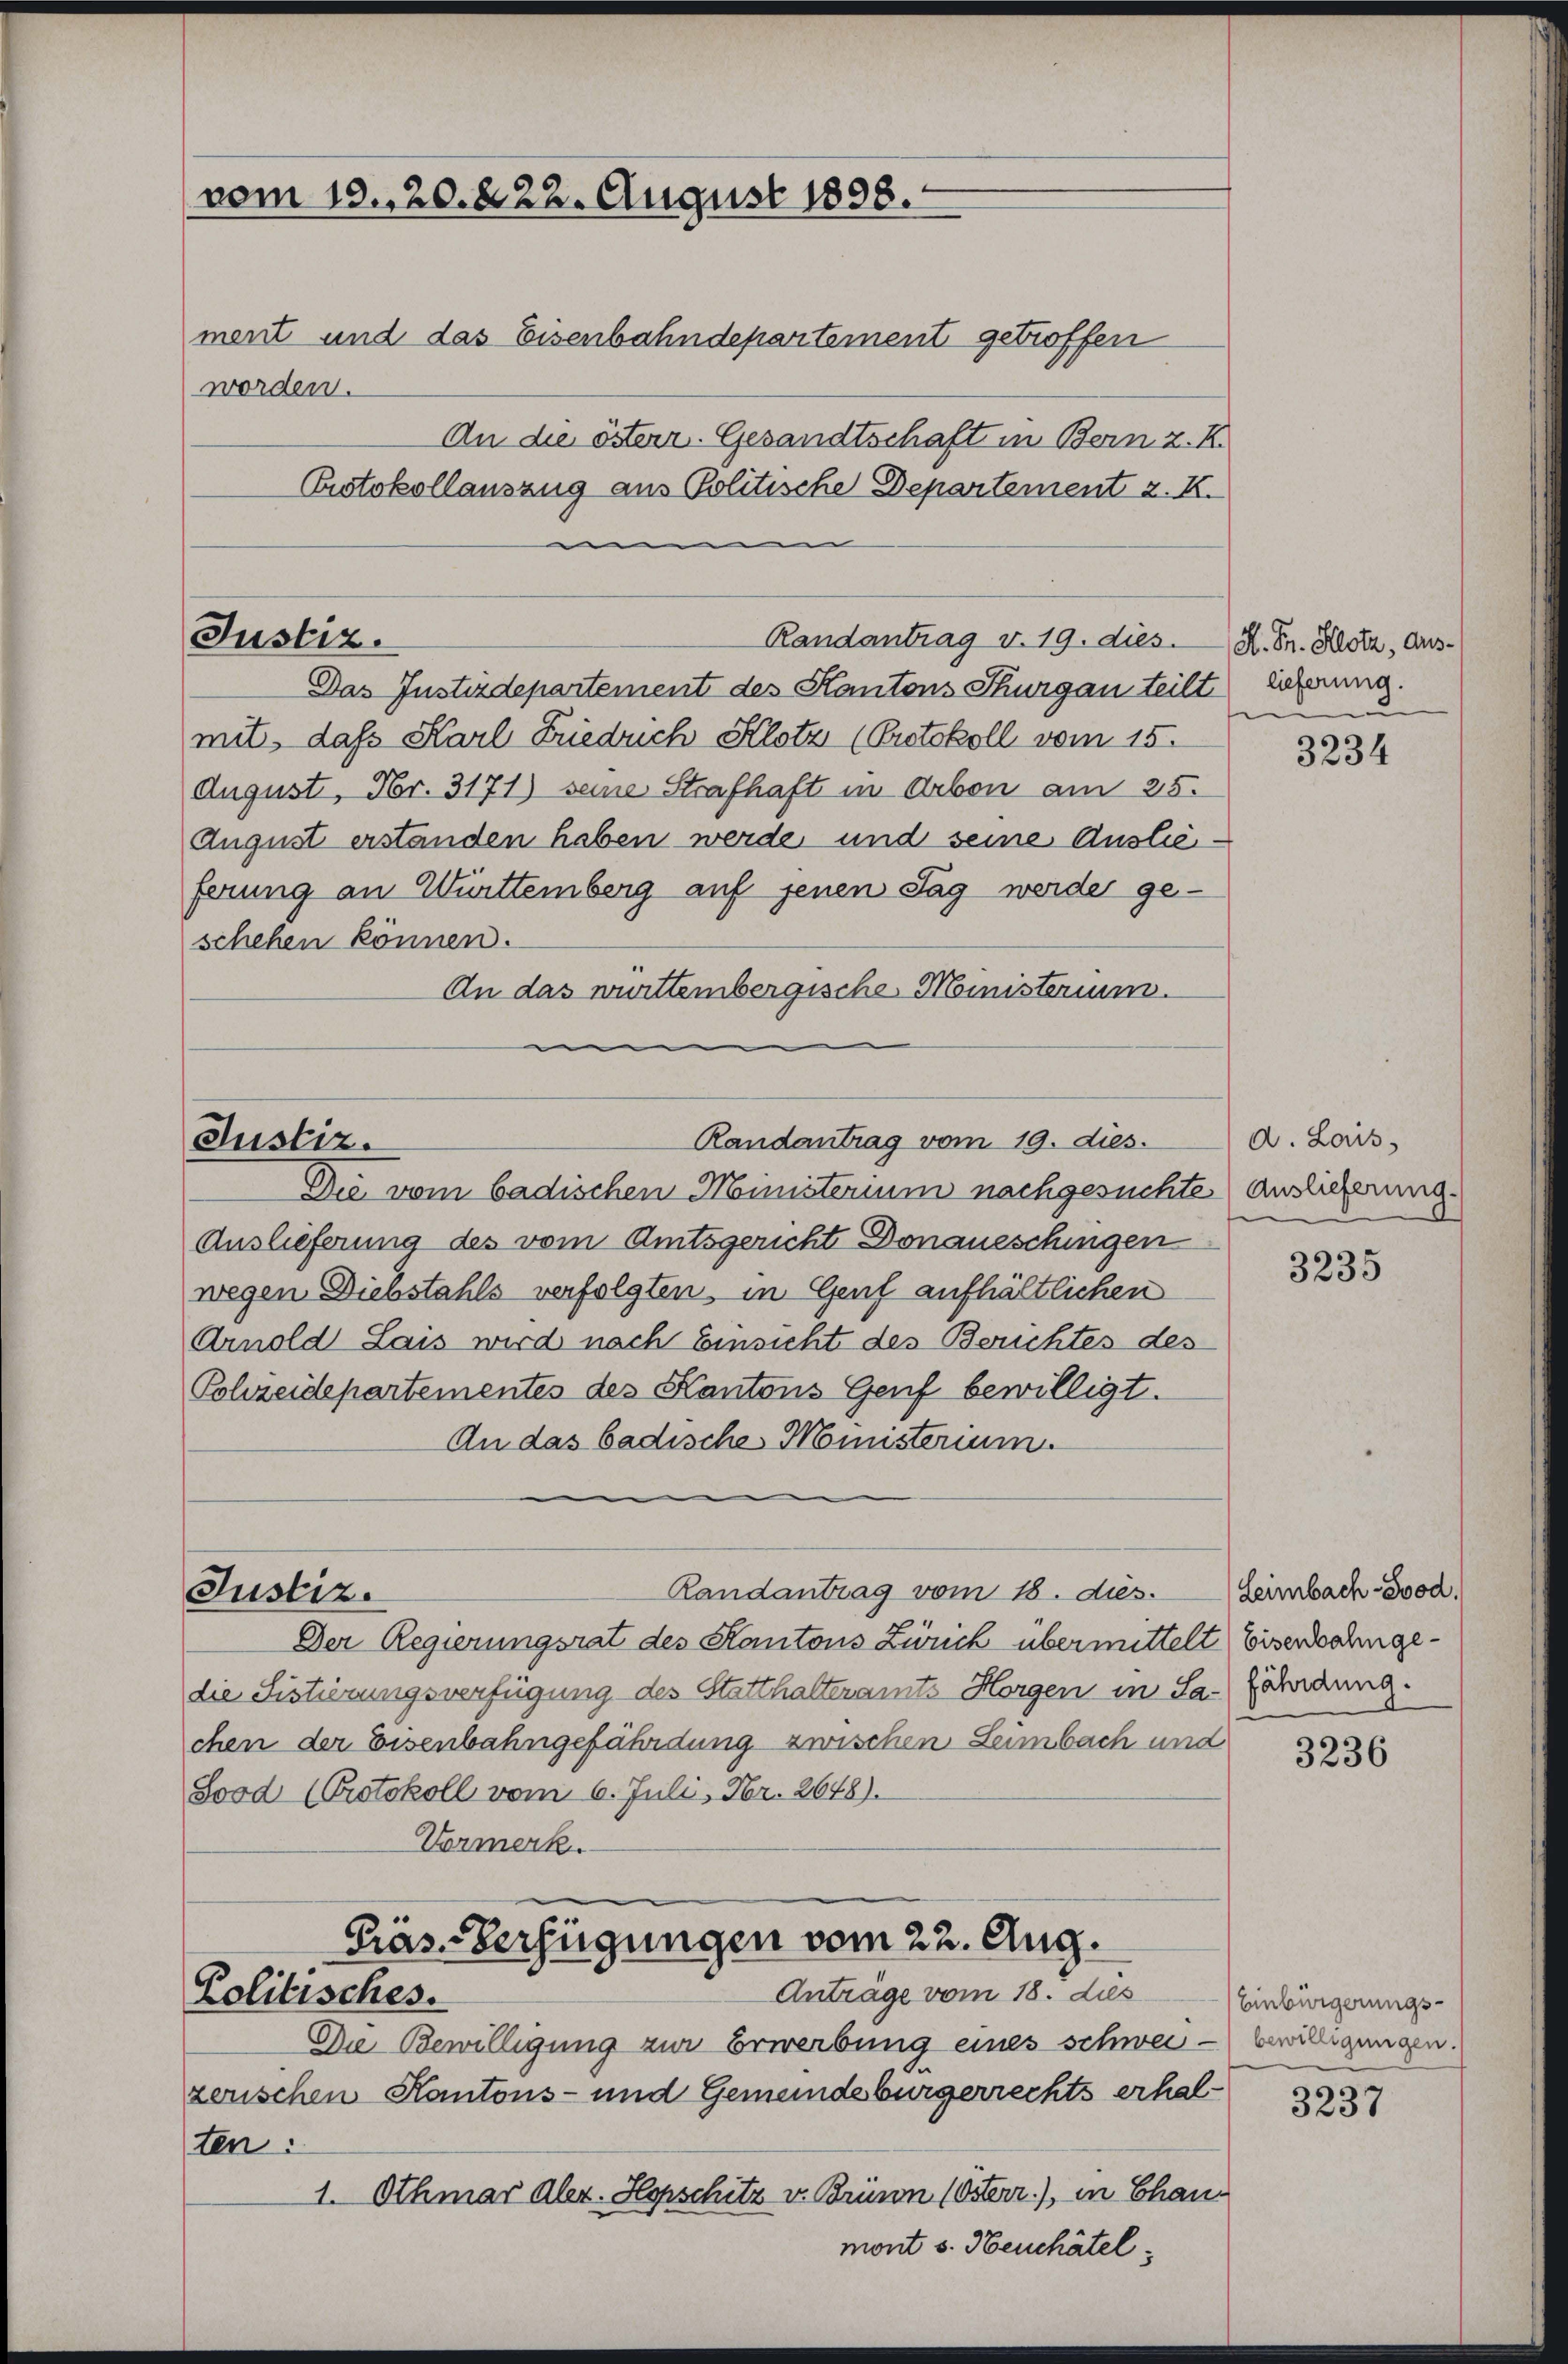
vom 18. 20. 822. August 1898.
ment und das Eisenbahndepartement getroffen
worden.
An die österr. Gesandtschaft in Bern z. K.
Protokollauszug aus Politische Departement z. K.
i

Justiz.
Randantrag v. 19. dies H. Dr. Hotz, Aus¬

Das Instizdepartement des Kantons Thurgau teilt geferung.
mit, dass Karl Friedrich Klotz (Protokoll vom 15.
August, Fr. 3171) seine Strafhaft in Arbon am 25.
August erstanden haben werde und seine Auslieferung an Württemberg auf jenen Tag werde geschehen können.
An das württembergische Ministerium.

Randantrag vom 19. dies.
Justiz.

Justiz.

Randantrag vom 18. ds.

Präs. Verfügungen vom 22. Aug.
Anträge vom 18. dies
Politisches.

Die vom badischen Ministerium nachgesuchte Auslieferung.
Auslieferung des vom Amtsgericht Donaueschingen
wegen Diebstahls verfolgten, in Genf aufhältlichen
Arnold Lais wird nach Einsicht des Berichtes des
Schreidepartementes des Kantons Genf bewilligt.
An das badische Ministerium

Der Regierungsrat des Kantons Zürich übermittelt Eisenbahngedie Sistierungsverfügung des Statthalteramts Horgen in Sa-fährdung.
chen der Eisenbahngefährdung zwischen Leimbach und
Sood (Protokoll vom 6. Juli, Fr. 2648).
Vormerk.

Da Bewilligung zur Erwerbung eines schwei- bewilligungen.
zerischen Kantons- und Gemeindebürgerrechts erhalten.
1. Othmar Aler. Hopschitz v. Brünn (Österr.), in Chanmont s. Heuchâtel:

e

3234

d. Lois,

3235

Leimbach-Sood.

3236

Einbürgerungs¬
3237